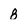
Character: 8